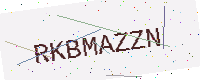
Text: RKBMAZZN